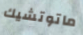
ماتوتشيك